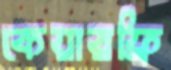
কেয়ারফ্রি